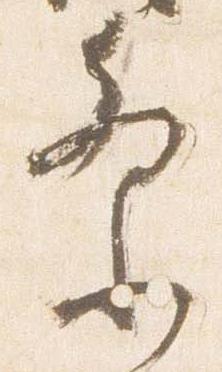
祭